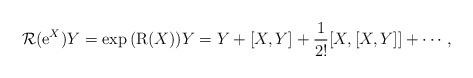
LaTeX: \begin{align*}\mbox{$\cal{R}$}(\mbox{e}^X)Y=\exp{(\mbox{R}(X))}Y= Y+[X,Y]+\frac{1}{2!}[X,[X,Y]]+\cdots ,\end{align*}